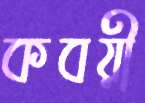
কবয়ী